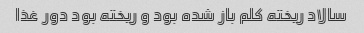
سالاد ریخته کلم باز شده بود و ریخته بود دور غذا